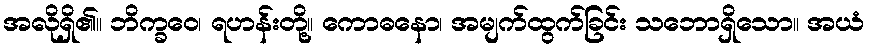
အလိုရှိ၏။ ဘိက္ခဝေ၊ ရဟန်းတို့။ ကောဓနော၊ အမျက်ထွက်ခြင်း သဘောရှိသော။ အယံ